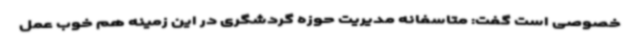
خصوصی است گفت: متاسفانه مدیریت حوزه گردشگری در این زمینه هم خوب عمل